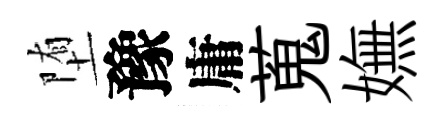
堕豫庸蒐嫵